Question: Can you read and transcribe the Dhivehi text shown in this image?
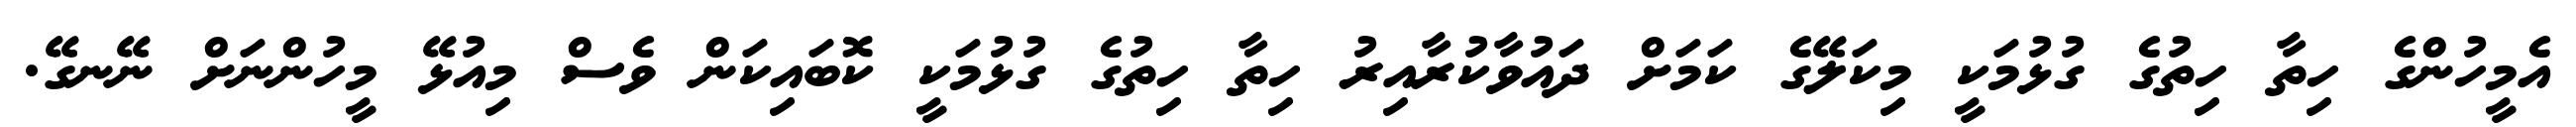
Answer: އެމީހުންގެ ހިތާ ހިތުގެ ގުޅުމަކީ މިކަލޭގެ ކަމަށް ދައުވާކުރާއިރު ހިތާ ހިތުގެ ގުޅުމަކީ ކޮބައިކަން ވެސް މިއުޅޭ މީހުންނަށް ނޭނގޭ.